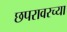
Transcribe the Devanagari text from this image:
छपरावरच्या